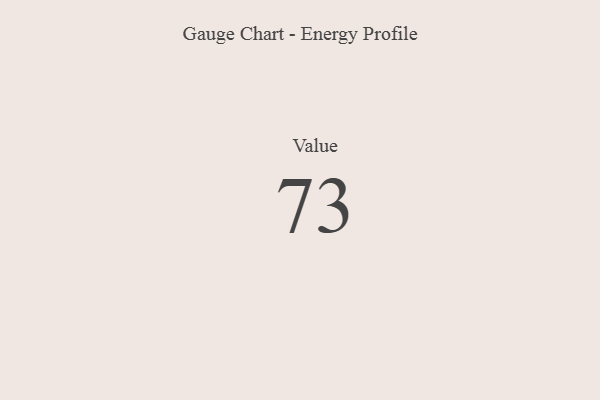
{"axis": {"x": "Metric", "y": "Value"}, "legend": [""], "data": [{"x": "Value", "y": 73, "type": ""}]}